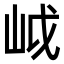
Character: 㞽